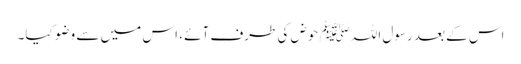
اس کے بعد رسول اللہﷺ حوض کی طرف آئے ، اس میں سے وضو کیا۔